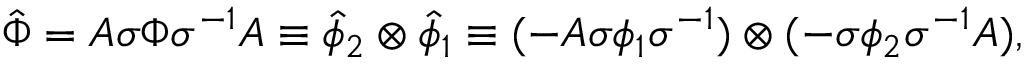
{ \hat { \Phi } } = A \sigma { \Phi } { \sigma } ^ { - 1 } A \equiv { \hat { \phi } } _ { 2 } \otimes { \hat { \phi } } _ { 1 } \equiv ( - A \sigma { \phi } _ { 1 } { \sigma } ^ { - 1 } ) \otimes ( - \sigma { \phi } _ { 2 } { \sigma } ^ { - 1 } A ) ,